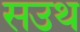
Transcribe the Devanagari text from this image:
सउथ